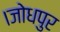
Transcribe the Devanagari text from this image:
।जोधपुर